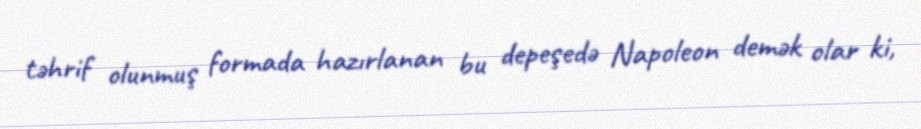
təhrif olunmuş formada hazırlanan bu depeşedə Napoleon demək olar ki,